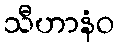
သီဟာနံဝ